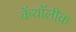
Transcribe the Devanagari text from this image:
कॅथॉलीक